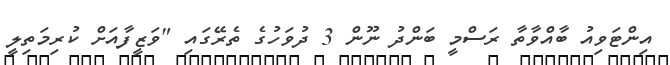
އިންޓަވިއު ބާއްވާތާ ރަސްމީ ބަންދު ނޫން 3 ދުވަހުގެ ތެރޭގައި "ވަޒީފާއަށް ކުރިމަތިލީ